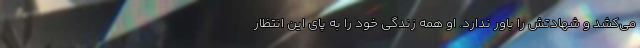
می‌کشد و شهادتش را باور ندارد. او همه زندگی خود را به پای این انتظار